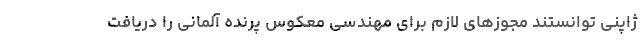
ژاپنی توانستند مجوزهای لازم برای مهندسی معکوس پرنده آلمانی را دریافت